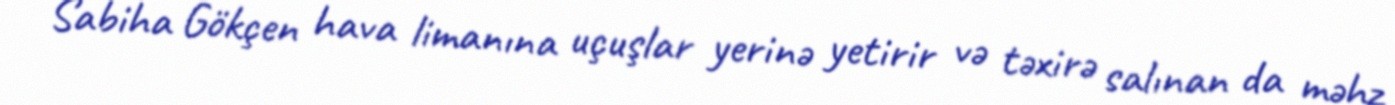
Sabiha Gökçen hava limanına uçuşlar yerinə yetirir və təxirə salınan da məhz